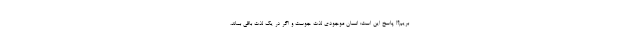
بریم؟! پاسخ این است: انسان موجودی لذت جوست و اگر در یک لذت باقی بماند،